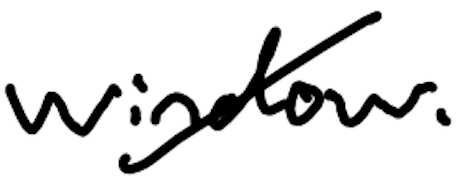
Text: window.
Cross-out: diagonal
Writing tool: digital_black